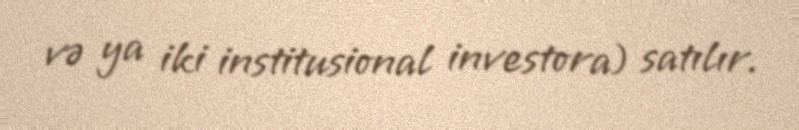
və ya iki institusional investora) satılır.